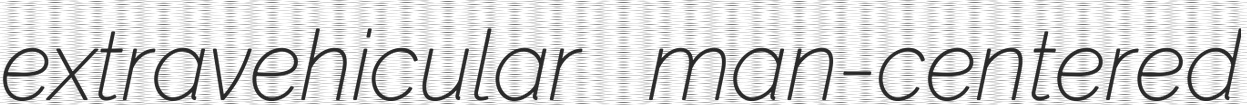
extravehicular man-centered